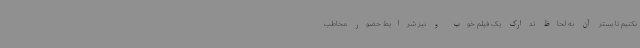
نکنیم تا بستر آن به لحاظ تدارک یک فیلم خوب و نیز شرایط حضور مخاطب